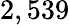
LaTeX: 2,539